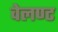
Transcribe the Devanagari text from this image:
वेलण्ट